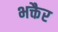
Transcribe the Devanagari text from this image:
भक्तैर